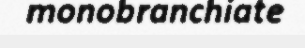
monobranchiate